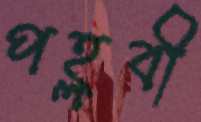
পহ্লবী